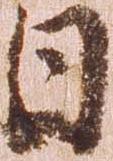
日